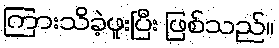
ကြားသိခဲ့ဖူးပြီး ဖြစ်သည်။